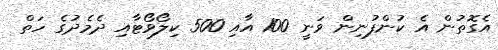
އެގޮތުން އެ ކުންފުނިން ވަނީ 100 އާއި 500 ކިލޯވޯޓާއި ދެމެދުގެ ހަތް